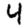
Digit: 4